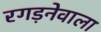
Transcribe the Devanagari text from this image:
रगड़नेवाला